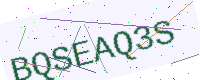
Text: BQSEAQ3S